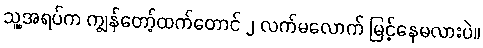
သူ့အရပ်က ကျွန်တော့်ထက်တောင် ၂ လက်မလောက် မြင့်နေမလားပဲ။